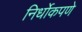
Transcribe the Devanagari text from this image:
निर्धोकपणे